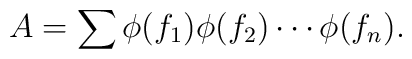
A=\sum \phi (f_{1}) \phi (f_{2})\cdots \phi (f_{n}).